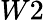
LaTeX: W2